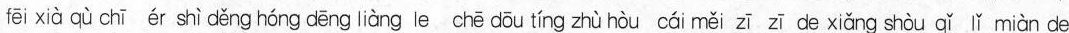
fēi xià qù chī ér shì děng hóng dēng liàng le chē dōu tíng zhù hòu cái měi zī zī de xiǎng shòu qǐ lǐ miàn de